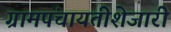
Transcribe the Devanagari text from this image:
ग्रामपंचायतीशेजारी